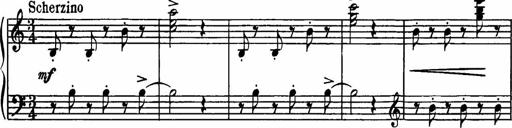
Title: Sonatilla
Composer: Mortimer Wilson
Key: C major